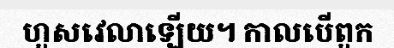
ហួសវេលាឡើយ។ កាលបើពួក